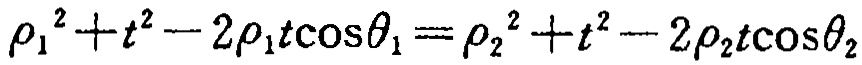
\(\rho_{1}^{2}+t^{2}-2\rho_{1}t\cos\theta_{1}=\rho_{2}^{2}+t^{2}-2\rho_{2}t\cos\theta_{2}\)